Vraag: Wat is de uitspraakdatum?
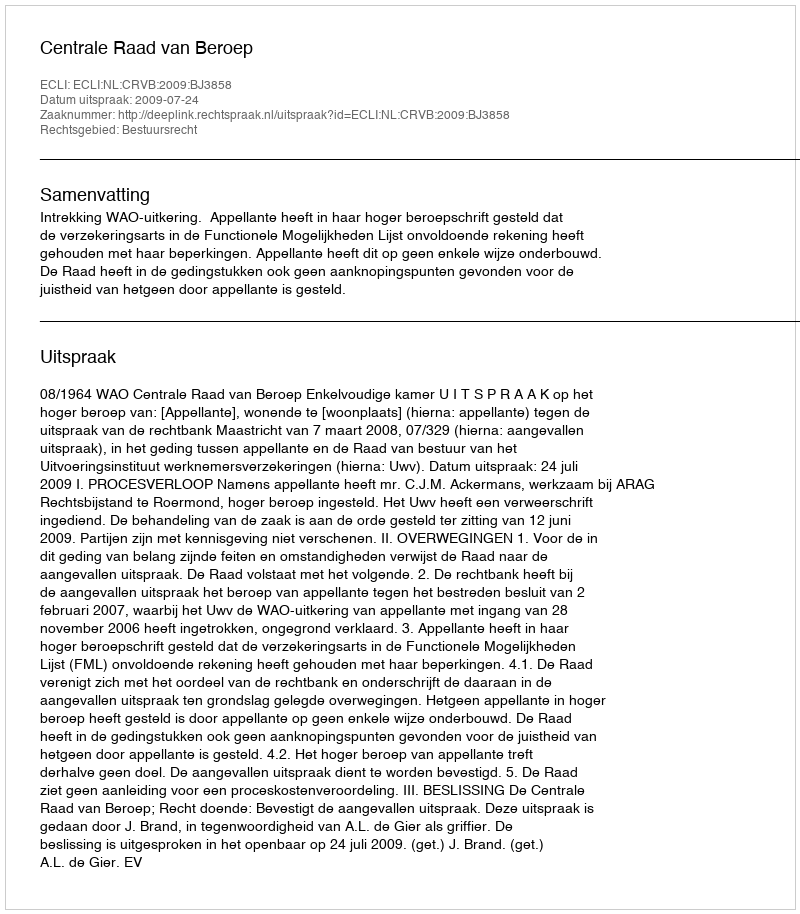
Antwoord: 2009-07-24